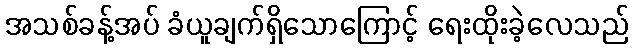
အသစ်ခန့်အပ် ခံယူချက်ရှိသောကြောင့် ရေးထိုးခဲ့လေသည်